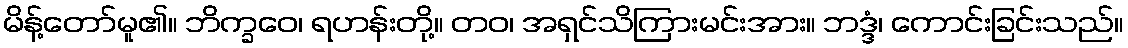
မိန့်တော်မူ၏။ ဘိက္ခဝေ၊ ရဟန်းတို့။ တဝ၊ အရှင်သိကြားမင်းအား။ ဘဒ္ဒံ၊ ကောင်းခြင်းသည်။